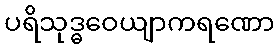
ပရိသုဒ္ဓဝေယျာကရဏော